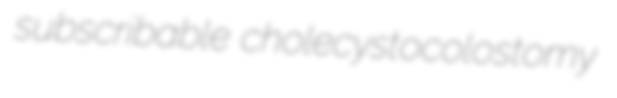
subscribable cholecystocolostomy